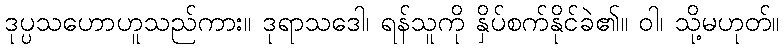
ဒုပ္ပသဟောဟူသည်ကား။ ဒုရာသဒေါ၊ ရန်သူကို နှိပ်စက်နိုင်ခဲ၏။ ဝါ၊ သို့မဟုတ်။